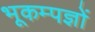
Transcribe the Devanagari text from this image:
भूकम्पज्ञों